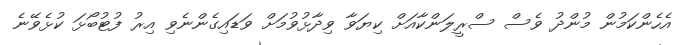
އެހެންކަމުން މުންދު ވެސް ސްރީލަންކާއަށް ކިޔަވާ ވިދާޅުވުމަށް ވަޑައިގެންނެވި އިރު ފުޓުބޯޅަ ކުޅެވޭނެ